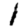
Digit: 1